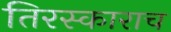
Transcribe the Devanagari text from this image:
तिरस्काराच